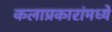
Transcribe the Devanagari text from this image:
कलाप्रकारांमध्ये